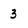
Character: 3